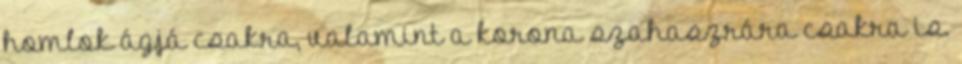
homlok ágjá csakra, valamint a korona szahaszrára csakra is.